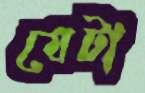
যেটা